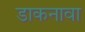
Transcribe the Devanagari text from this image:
डाकनावा